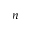
n